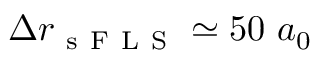
\Delta r _ { \mathrm { ~ s ~ F ~ L ~ S ~ } } \simeq 5 0 \ a _ { 0 }